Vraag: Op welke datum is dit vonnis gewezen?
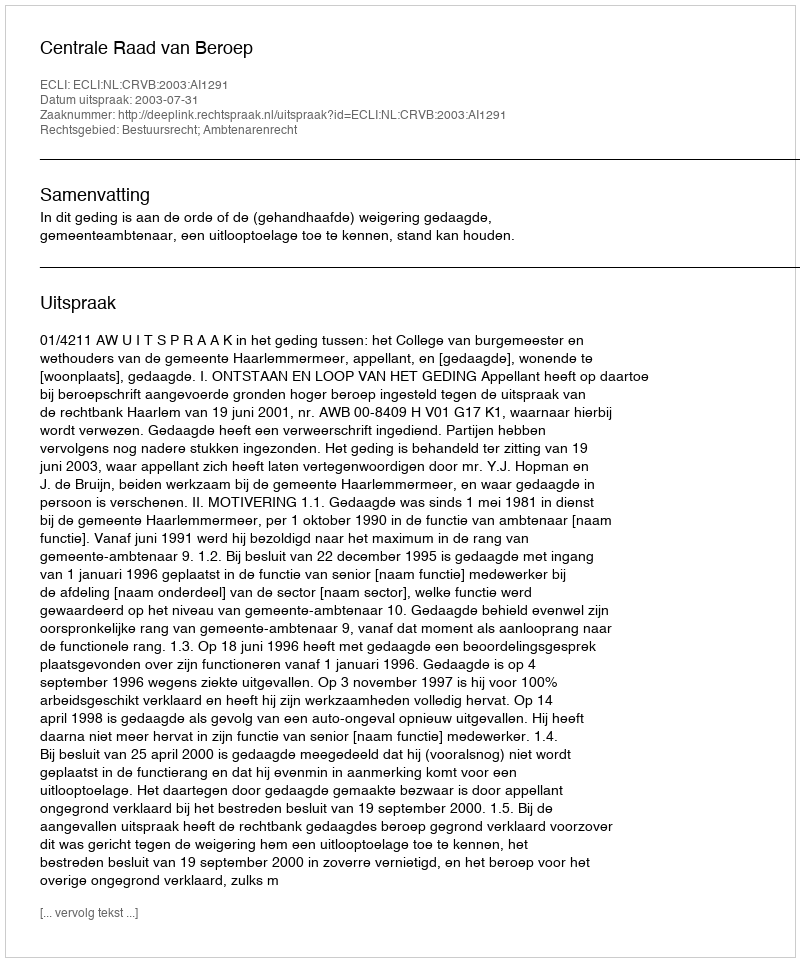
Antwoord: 2003-07-31